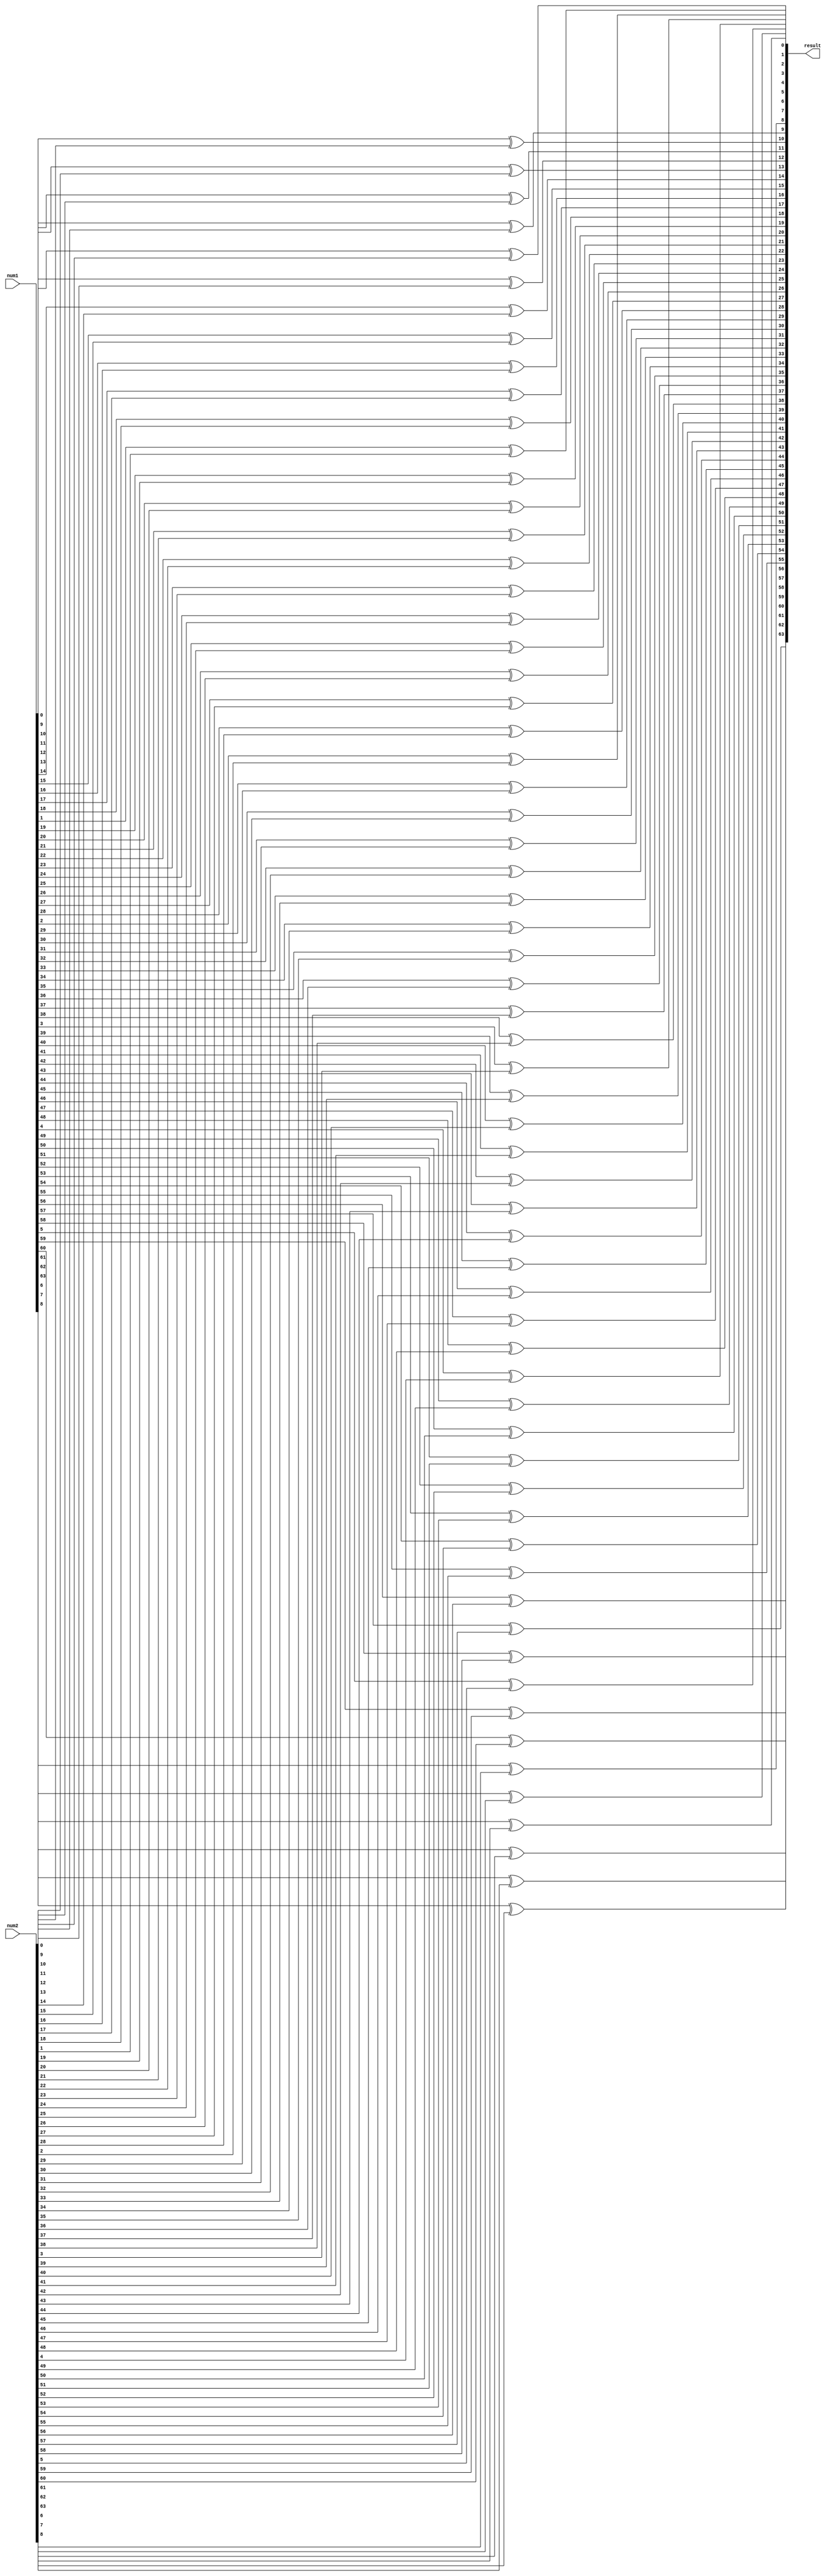
module XORx64(num1, num2, result);

input signed[63:0] num1, num2;
output signed[63:0] result;

genvar x;
for(x=0;x<64;x=x+1)
begin
    xor (result[x], num1[x], num2[x]);
end


endmodule